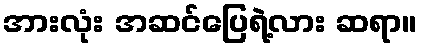
အားလုံး အဆင်ပြေရဲ့လား ဆရာ။